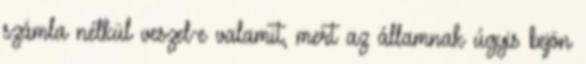
számla nélkül veszel-e valamit, mert az államnak úgyis bejön